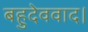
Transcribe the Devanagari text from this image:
बहुदेववाद।